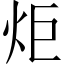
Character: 炬